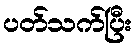
ပတ်သက်ပြီး